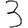
Digit: 3